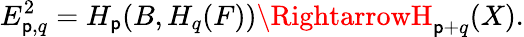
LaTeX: E_{\mathsf{p},q}^{2}=H_{\mathsf{p}}(B,H_{q}(F))\RightarrowH_{\mathsf{p}+q}(X).